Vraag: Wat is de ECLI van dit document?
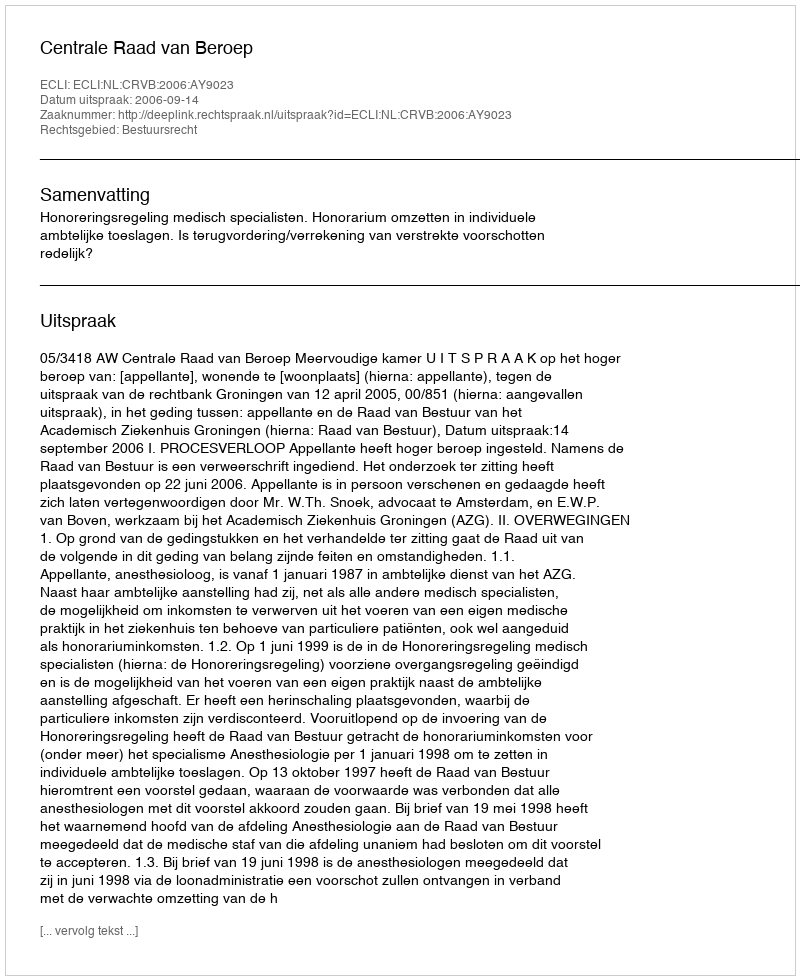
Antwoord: ECLI:NL:CRVB:2006:AY9023